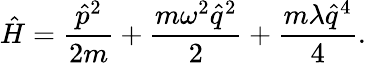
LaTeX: \hat{H}=\frac{\hat{p}^{2}}{2m}+\frac{m\omega^{2}\hat{q}^{2}}{2}+\frac{m\lambda\hat{q}^{4}}{4}.